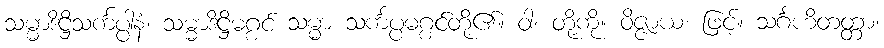
သမ္မာဒိဋ္ဌိသင်္ကပ္ပါနံ၊ သမ္မာဒိဋ္ဌိမဂ္ဂင် သမ္မာ သင်္ကပ္ပမဂ္ဂင်တို့၏။ ဝါ၊ တို့ကို။ ဝိဇ္ဇာယ၊ ဖြင့်။ သင်္ဂဟိတတ္တာ၊